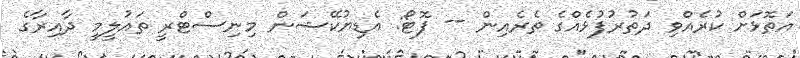
އަތޮޅަށް ކުރެއްވި ދަތުރުފުޅެއްގެ ތެރެއިން -- ފޮޓޯ: އެޑިޔުކޭޝަން މިނިސްޓްރީ ތައުލީމީ ދާއިރާގެ